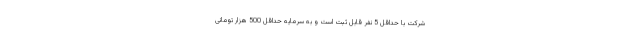
شرکت با حداقل 5 نفر قابل ثبت است و به سرمایه حداقل 500 هزار تومانی